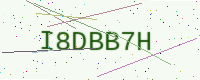
Text: I8DBB7H